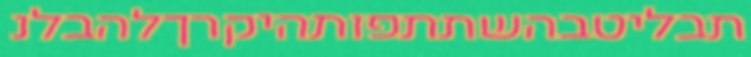
תבליטבהשתתפותהיקרךלהבלנ